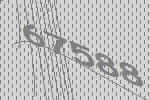
67588